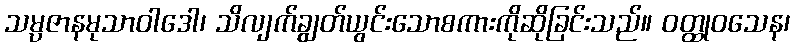
သမ္ပဇာနမုသာဝါဒေါ၊ သိလျက်ချွတ်ယွင်းသောစကားကိုဆိုခြင်းသည်။ ဝတ္ထုဝသေန၊